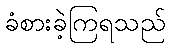
ခံစားခဲ့ကြရသည်